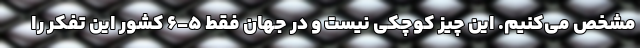
مشخص می‌کنیم. این چیز کوچکی نیست و در جهان فقط ۵-۶ کشور این تفکر را